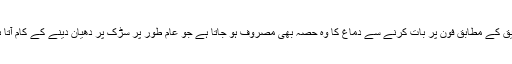
تحقیق کے مطابق فون پر بات کرنے سے دماغ کا وہ حصہ بھی مصروف ہو جاتا ہے جو عام طور پر سڑک پر دھیان دینے کے کام آتا ہے۔